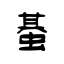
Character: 蜝